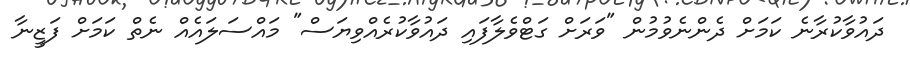
ދައުވާކުރާނެ ކަމަށް ދެންނެވުމުން "ވަރަށް ގަޓްވެލާފައި ދައުވާކުރެއްވިޔަސް" މައްސަލައެއް ނެތް ކަމަށް ފަޒީނާ